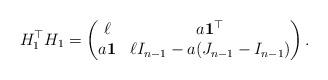
LaTeX: \begin{align*}H_1^\top H_1=\begin{pmatrix}\ell & a {\bf 1}^\top \\a {\bf 1} & \ell I_{n-1} -a(J_{n-1}-I_{n-1}) \\\end{pmatrix}. \end{align*}